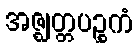
အဇ္ဈတ္တပဉ္စကံ